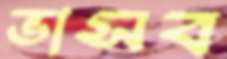
ভাসব